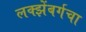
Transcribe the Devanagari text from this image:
लक्झेंबर्गचा